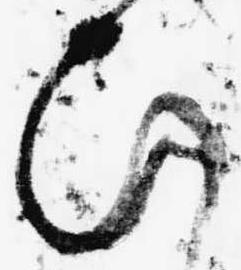
ひ